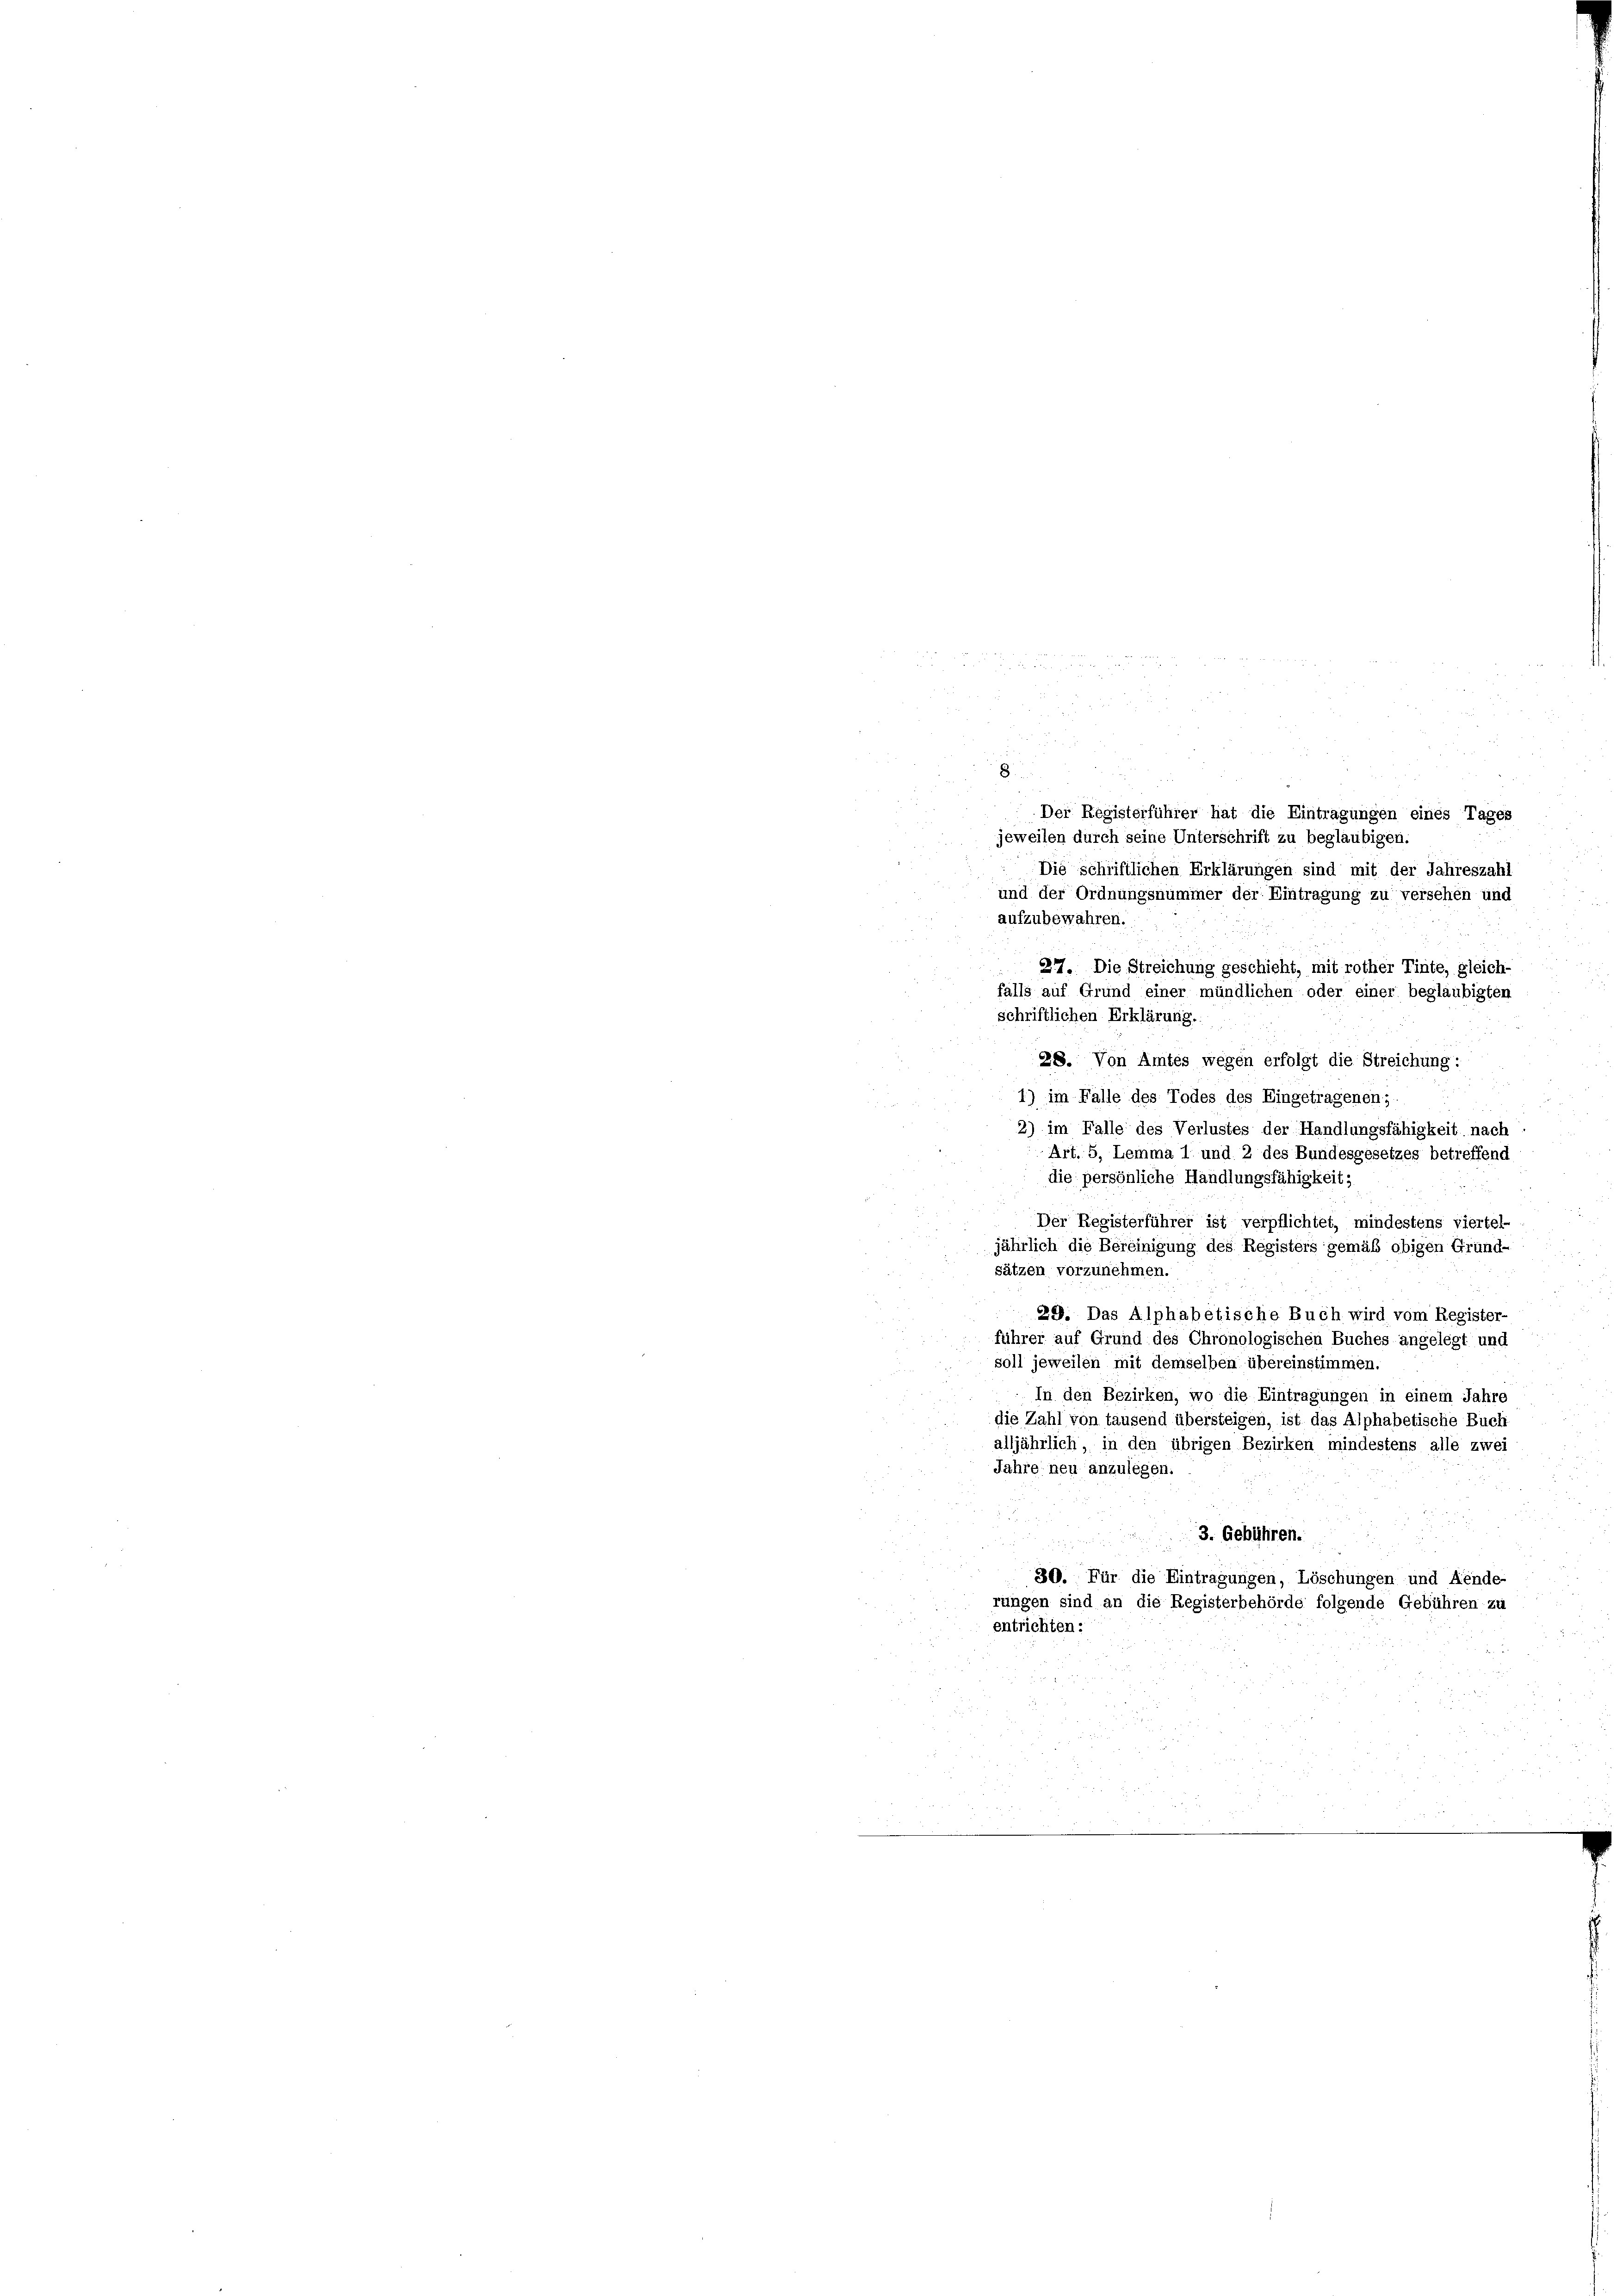
Der Registerführer hat die Eintragungen eines Tages
jeweilen durch seine Unterschrift zu beglaubigen.
Die schriftlichen Erklärungen sind mit der Jahreszahl
und der Ordnungsnummer der Eintragung zu versehen und
aufzubewahren.
277. Die Streichung geschieht, mit rother Tinte, gleich-
falls auf Grund einer mündlichen oder einer beglaubigten
schriftlichen Erklärung.
28. Von Amtes wegen erfolgt die Streichung:
1) im Falle des Todes des Eingetragenen;.
2) im Falle des Verlustes der Handlungsfähigkeit nach
Art. 5, Lemma 1 und 2 des Bundesgesetzes betreffend
die persönliche Handlungsfähigkeit;
Der Registerführer ist verpflichtet, mindestens viertel-
jährlich die Bereinigung des Registers gemäß obigen Grund-
sätzen vorzunehmen.
29. Das Alphabetische Buch wird vom Register
führer auf Grund des Chronologischen Buches angelegt und
soll jeweilen mit demselben übereinstimmen.
In den Bezirken, wo die Eintragungen in einem Jahre
die Zahl von tausend übersteigen, ist das Alphabetische Buch
alljährlich, in den übrigen Bezirken mindestens alle zwei
Jahre neu anzulegen.
3. Gebühren.
30. Für die Eintragungen, Löschungen und Aende-
rungen sind an die Registerbehörde folgende Gebühren zu
entrichten: